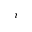
_ i